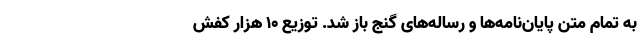
به تمام متن پایان‌نامه‌ها و رساله‌های گنج باز شد. توزیع ۱۰ هزار کفش